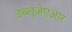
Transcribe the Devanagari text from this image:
डब्लूजेएआर